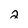
Character: 2